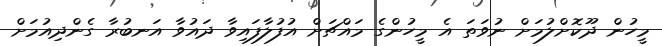
މީހުން ދޫކޮށްލުމަށް ނުވަތަ އެ މީހުންގެ މައްޗަށް އުފުލާފައިވާ ދައުވާ އަނބުރާ ގެންދިއުމަށް